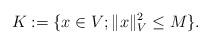
LaTeX: \begin{align*}K:=\{x\in V; \|x\|_V^2\le M\}.\end{align*}